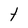
Character: t